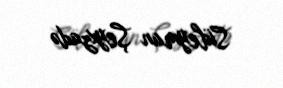
Süleyman Şeyxzadə